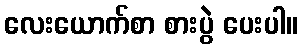
လေးယောက်စာ စားပွဲ ပေးပါ။